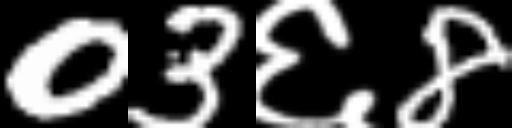
Text: 03६8